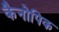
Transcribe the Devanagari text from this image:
कैनोपिक